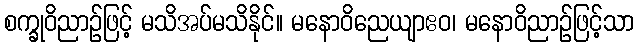
စက္ခုဝိညာဉ်ဖြင့် မသိအပ်မသိနိုင်။ မနောဝိညေယျာဧဝ၊ မနောဝိညာဉ်ဖြင့်သာ